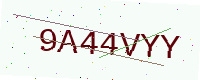
Text: 9A44VYY